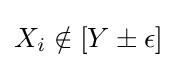
{\textstyle X_{i}\notin [Y\pm \epsilon ]}